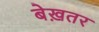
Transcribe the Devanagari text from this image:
बेख़तर